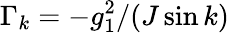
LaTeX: \Gamma_{k}=-g_{1}^{2}/(J\sin k)